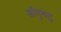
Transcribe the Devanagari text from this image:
कोंगुनाटु